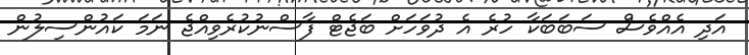
އަދި އެއްވެސް ސަބަބަކާ ހުރެ އެ ދުވަހަށް ބަޖެޓް ފާސްނުކުރެވިއްޖެ ނަމަ ކައުންސިލުން